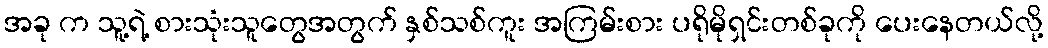
အခု က သူ့ရဲ့ စားသုံးသူတွေအတွက် နှစ်သစ်ကူး အကြမ်းစား ပရိုမိုရှင်းတစ်ခုကို ပေးနေတယ်လို့